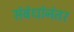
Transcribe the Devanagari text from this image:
संबंधांनंतर